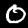
Digit: 0